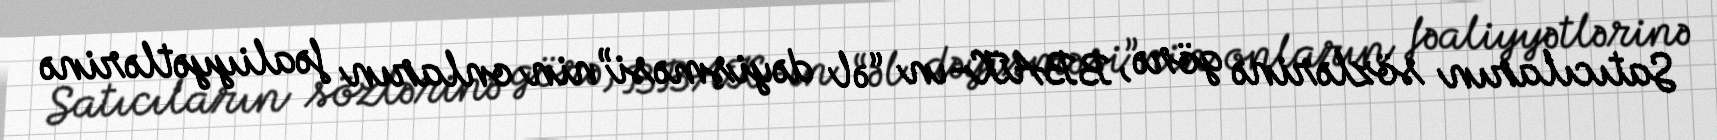
Satıcıların sözlərinə görə, BBAK-ın “əl dəyişməsi”nin onların fəaliyyətlərinə